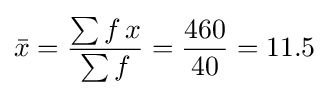
{\bar {x}}={\frac {\sum {f\,x}}{\sum {f}}}={\frac {460}{40}}=11.5